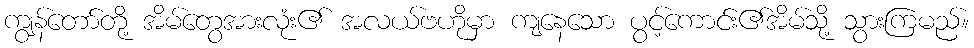
ကျွန်တော်တို့ အိမ်တွေအားလုံး၏ အလယ်ဗဟိုမှာ ကျနေသော ပွင့်ကောင်း၏အိမ်သို့ သွားကြမည်။